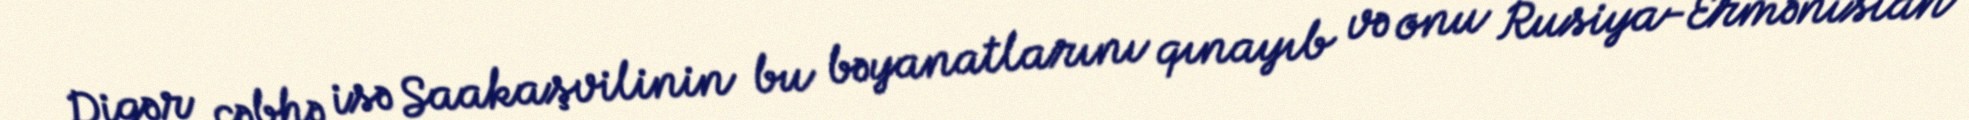
Digər cəbhə isə Saakaşvilinin bu bəyanatlarını qınayıb və onu Rusiya-Ermənistan